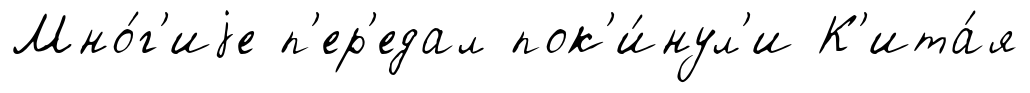
Мно́г'иjе п'ер'едал пок'и́нул'и К'ита́я